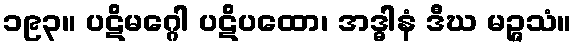
၁၉၃။ ပဋိမဂ္ဂေါ ပဋိပထော၊ အဒ္ဓါနံ ဒီဃ မဉ္ဇသံ။